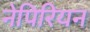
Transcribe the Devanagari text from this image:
नेपिरियन